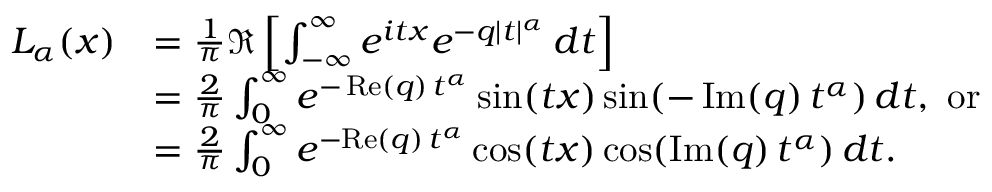
{ \begin{array} { r l } { L _ { \alpha } ( x ) } & { = { \frac { 1 } { \pi } } \Re \left[ \int _ { - \infty } ^ { \infty } e ^ { i t x } e ^ { - q | t | ^ { \alpha } } \, d t \right] } \\ & { = { \frac { 2 } { \pi } } \int _ { 0 } ^ { \infty } e ^ { - \operatorname { R e } ( q ) \, t ^ { \alpha } } \sin ( t x ) \sin ( - \operatorname { I m } ( q ) \, t ^ { \alpha } ) \, d t , { \mathrm { ~ o r ~ } } } \\ & { = { \frac { 2 } { \pi } } \int _ { 0 } ^ { \infty } e ^ { - { \mathrm { R e } } ( q ) \, t ^ { \alpha } } \cos ( t x ) \cos ( \operatorname { I m } ( q ) \, t ^ { \alpha } ) \, d t . } \end{array} }